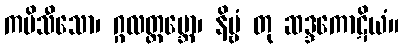
ကပိသီသော၊ ဂ္ဂလတ္ထမ္ဘော၊ နိဗ္ဗံ တု ဆဒ္ဒကောဋိယံ။